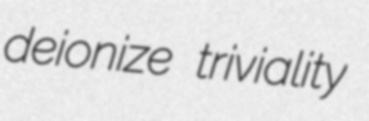
deionize triviality